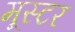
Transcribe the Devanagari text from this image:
मूस्टर